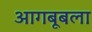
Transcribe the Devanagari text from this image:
आगबूबला